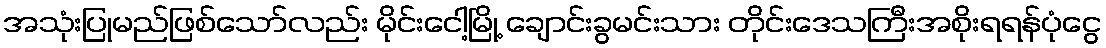
အသုံးပြုမည်ဖြစ်သော်လည်း မိုင်းငေါ့မြို့ ချောင်းခွမင်းသား တိုင်းဒေသကြီးအစိုးရရန်ပုံငွေ